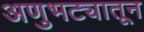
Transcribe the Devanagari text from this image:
अणुभट्यातून